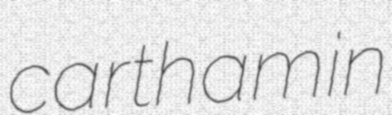
carthamin